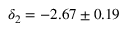
\delta _ { 2 } = - 2 . 6 7 \pm 0 . 1 9